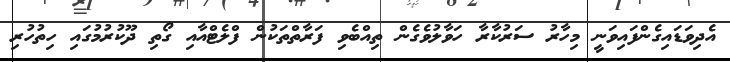
އެދިވަޑައިގެންފައިވަނީ މިހާރު ސަރުކާރާ ހަވާލުވެގެން ތިއްބެވި ފަރާތްތަކުން ފްލެޓްއާއި ގޯތި ދޫކުރުމުގައި ހިތުހުރި